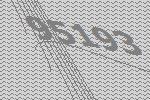
95193